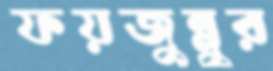
ফয়জুন্নুর